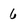
Character: 6